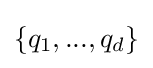
\{q_{1},...,q_{d}\}